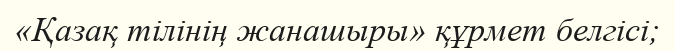
«Қазақ тілінің жанашыры» құрмет белгісі;